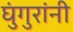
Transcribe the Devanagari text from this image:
घुंगुरांनी